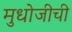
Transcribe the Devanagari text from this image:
मुधोजीची